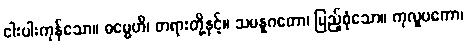
ငါးပါးကုန်သော။ ဓမ္မေဟိ၊ တရားတို့နှင့်။ သမန္နဂတော၊ ပြည့်စုံသော။ ကုလူပကော၊